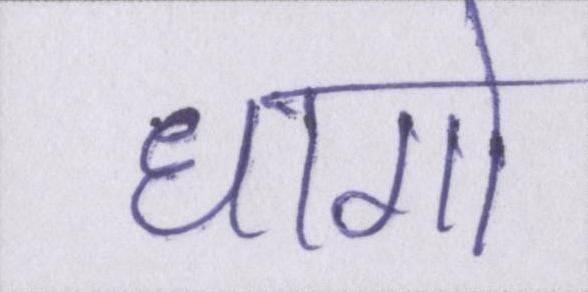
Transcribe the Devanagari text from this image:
धागो